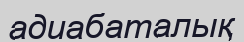
адиабаталық